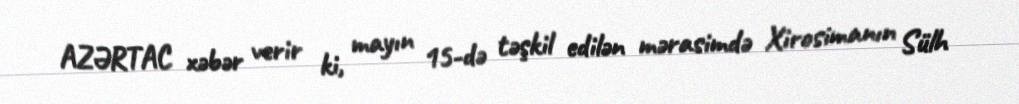
AZƏRTAC xəbər verir ki, mayın 15-də təşkil edilən mərasimdə Xirosimanın Sülh